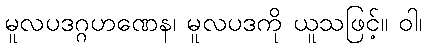
မူလပဒဂ္ဂဟဏေန၊ မူလပဒကို ယူသဖြင့်။ ဝါ၊